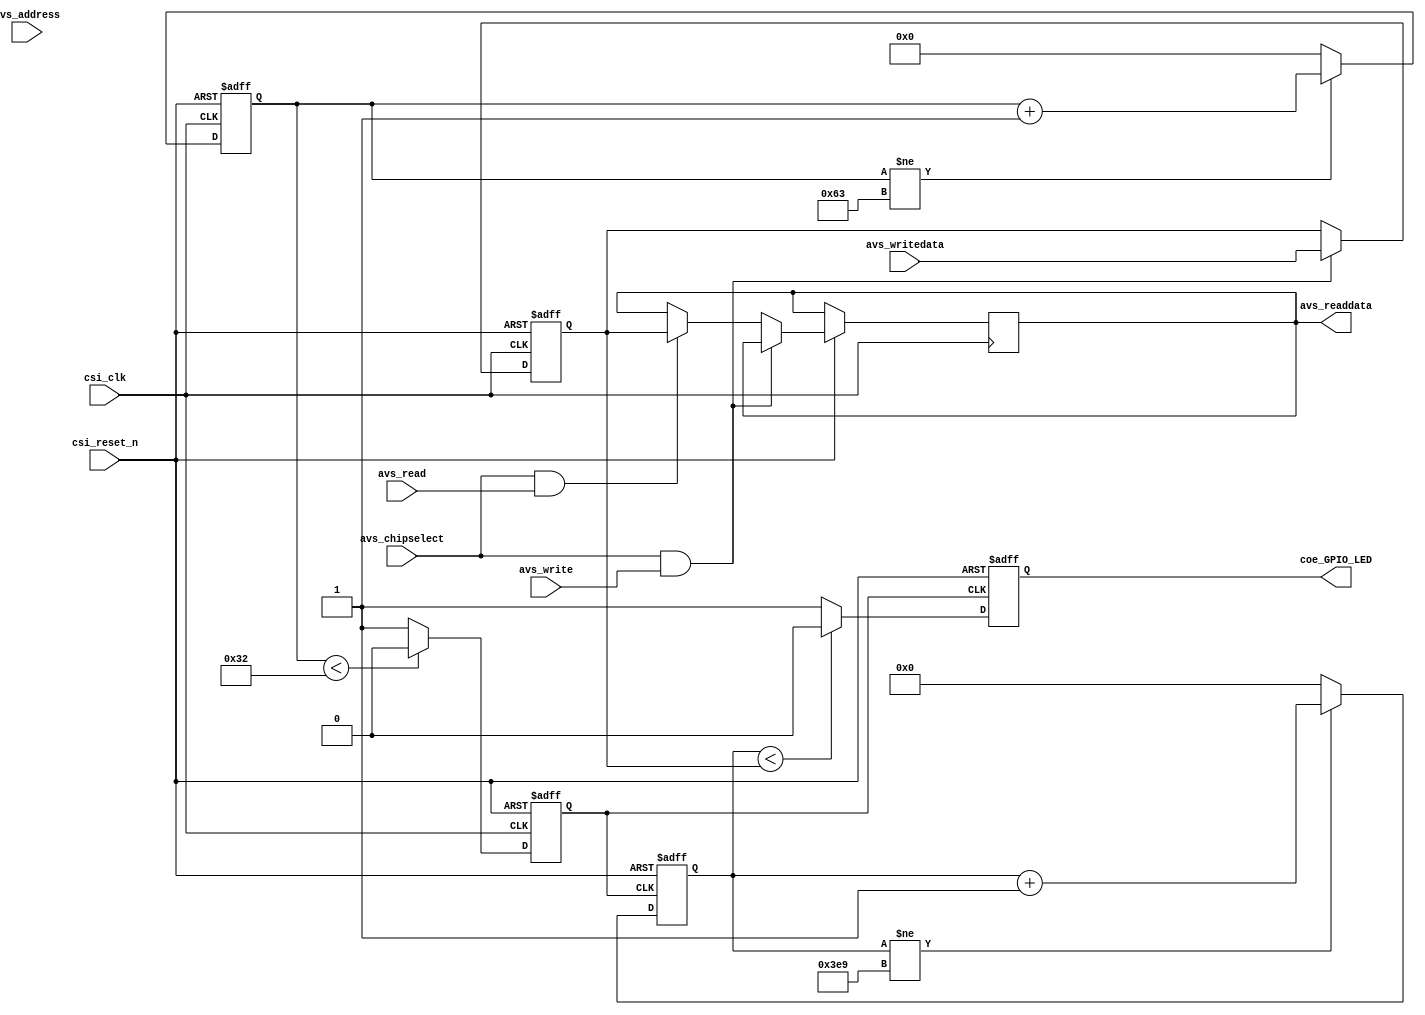
module User_Demo(
				//--------------Avalon-------------//
				csi_clk,		//100MHz
				csi_reset_n,
				avs_chipselect,
				avs_address,
				avs_read,
				avs_readdata,
				avs_write,
				avs_writedata,
				//------------User Interface-----------//
				coe_GPIO_LED
);
//Avalon
input						csi_clk;		     //100MHz
input						csi_reset_n;     //Low-Level Work
input						avs_chipselect;
input [3:0]				avs_address;
input						avs_read;
output reg [31:0]		avs_readdata;
input						avs_write;
input [31:0]			avs_writedata;

//GPIO for LED
output					coe_GPIO_LED;
reg                  coe_GPIO_LED;


//Uesr Define REG 
reg [31:0]           Pwm_Compare_Value;
reg [31:0]           Pwm_Cnts;


//Avalon Read-Writer Code
always @(posedge csi_clk or negedge csi_reset_n) begin		//Interface Clk = 100MHz
	if(!csi_reset_n) begin
	  Pwm_Compare_Value<=10;
	end
	else	begin
		if((avs_chipselect == 1) && (avs_write == 1)) begin		//write data
			Pwm_Compare_Value<=avs_writedata;
			
		end
		else if((avs_chipselect == 1) && (avs_read == 1)) begin	//read data
			avs_readdata <= Pwm_Compare_Value;
		end
	end
end



//User Code
//Clk Divid 100Mhz->1Mhz
reg [6:0] Div_Cnts;  //0~127
reg       Clk_1M;
always @(posedge csi_clk or negedge csi_reset_n) begin		//Interface Clk = 100MHz
if(!csi_reset_n) begin
	  Div_Cnts<=0;
	  Clk_1M<=1'b0;
	end
	else	begin
			if(Div_Cnts!=99)
			 Div_Cnts<=Div_Cnts+1'b1;
			 else 
			  Div_Cnts<=0;
			  
			if(Div_Cnts<50)
			 Clk_1M<=1'b0;
			else 
			 Clk_1M<=1'b1;
	end

end 

always @(posedge Clk_1M or negedge csi_reset_n) begin		//User Clk = 1MHz
if(!csi_reset_n) begin
	  coe_GPIO_LED<=1'b0;  //LED ON 
	  Pwm_Cnts<=0;
	end
	else	begin
	      if(Pwm_Cnts!=1001)   //1mS-Cycle
	        Pwm_Cnts<=Pwm_Cnts+1;
			else
	        Pwm_Cnts<=0;		
			if(Pwm_Cnts<Pwm_Compare_Value)
			 coe_GPIO_LED<=1'b0;  //LED ON
			else 
			 coe_GPIO_LED<=1'b1;  //LED OFF
	end

end 	
	
	
	
	
endmodule